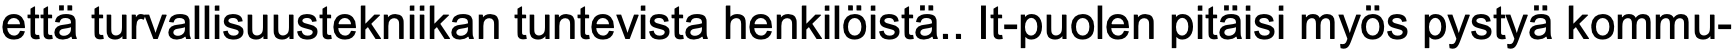
että turvallisuustekniikan tuntevista henkilöistä.. It-puolen pitäisi myös pystyä kommu-